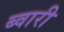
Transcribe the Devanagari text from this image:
ब्वारी